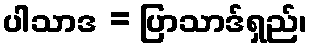
ပါသာဒ = ပြာသာဒ်ရှည်၊